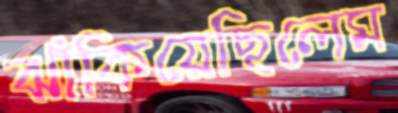
ঝাঁকিয়েছিলেম